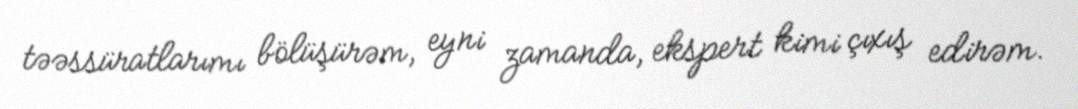
təəssüratlarımı bölüşürəm, eyni zamanda, ekspert kimi çıxış edirəm.